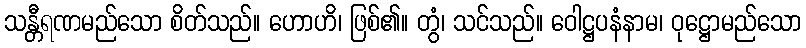
သန္တီရဏမည်သော စိတ်သည်။ ဟောဟိ၊ ဖြစ်၏။ တွံ၊ သင်သည်။ ဝေါဋ္ဌပနံနာမ၊ ဝုဋ္ဌောမည်သော